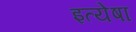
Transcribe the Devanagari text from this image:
इत्येषा